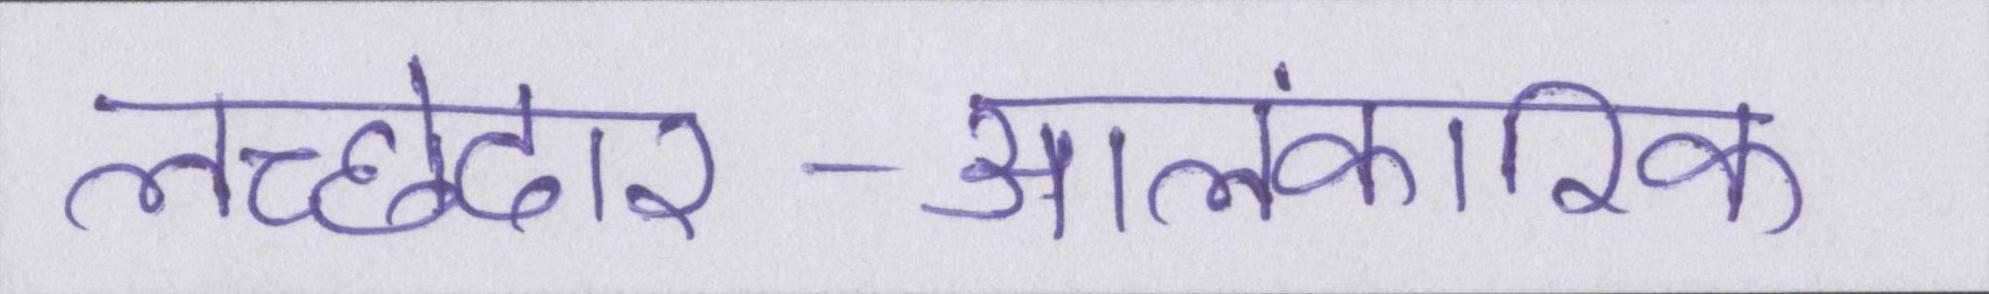
लच्छेदार-आलंकारिक